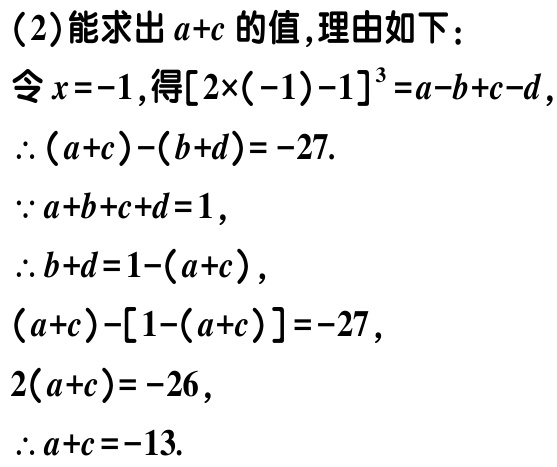
（2）能求出\(a + c\)的值,理由如下：

令\(x = -1\),得\([2\times(-1)-1]^{3}=a - b + c - d\)

\(\therefore (a + c)-(b + d)= -27\).

\(\because a + b + c + d = 1\),

\(\therefore b + d = 1-(a + c)\),

\((a + c)-[1-(a + c)]= -27\),

\(2(a + c)= -26\),

\(\therefore a + c = -13\).